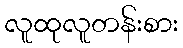
လူထုလူတန်းစား